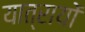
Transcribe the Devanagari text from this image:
यात्रायों